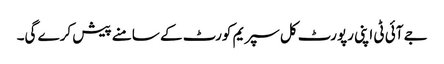
جے آئی ٹی اپنی رپورٹ کل سپریم کورٹ کے سامنے پیش کرے گی۔